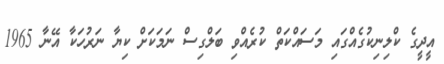
އީދީގެ ކްލިނިކުގެއްގައި މަސައްކަތް ކުރެއްވި ބަލްގިސް ނަމަކަށް ކިޔާ ނަރުހަކާ އޭނާ 1965